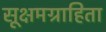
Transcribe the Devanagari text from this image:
सूक्षमग्राहिता